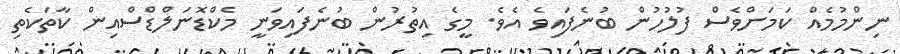
ނިންމުމެއް ކަމަށްވެސް ފުލުުހުން ބުނެފައިވެ އެވެ. މީގެ އިތުރުން ބުނެފައިވަނީ މެކްޑޮނަލްޑްސްއިން ކާތަކެތި